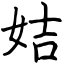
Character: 姞